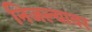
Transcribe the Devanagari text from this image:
निजल्यावर